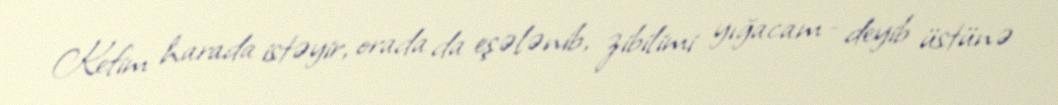
Kefim harada istəyir, orada da eşələnib, zibilimi yığacam - deyib üstünə